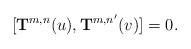
\begin{align*}[{\bf T}^{m,n}(u),{\bf T}^{m,n'}(v)] = 0.\end{align*}